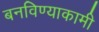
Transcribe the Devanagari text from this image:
बनविण्याकामी